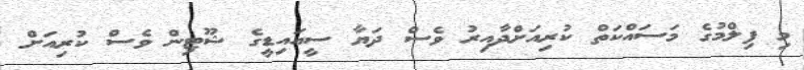
މި ފިލްމުގެ މަސައްކަތް ކުރިއަށްދާއިރު ވެސް ދަޔާ ސީއައިޑީގެ ޝޫޓިން ވެސް ކުރިއަށް